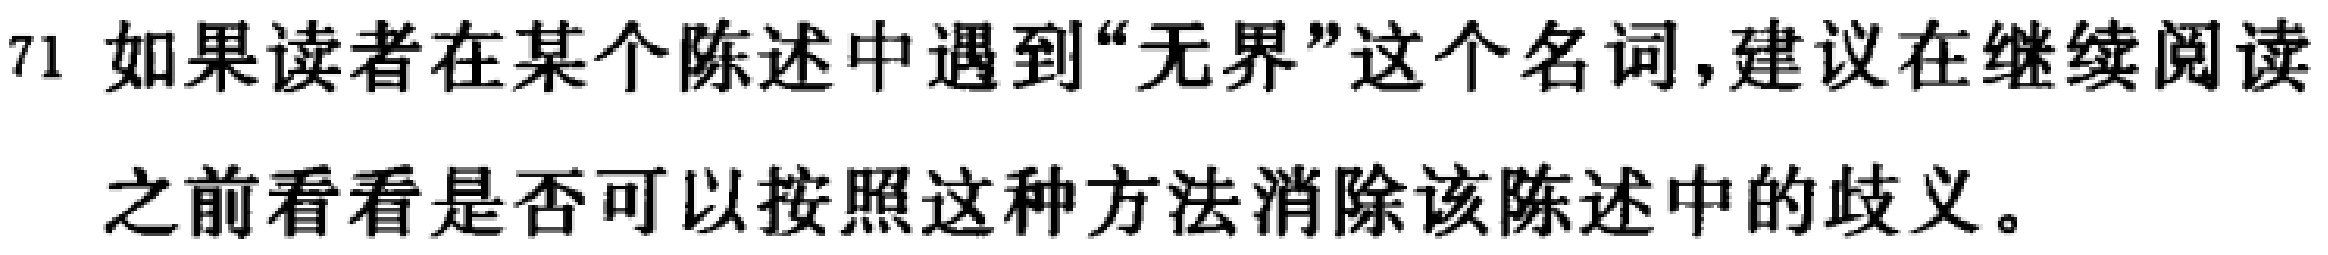
71 如果读者在某个陈述中遇到“无界”这个名词，建议在继续阅读之前看看是否可以按照这种方法消除该陈述中的歧义。